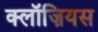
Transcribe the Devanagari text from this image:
क्लॉज़ियस